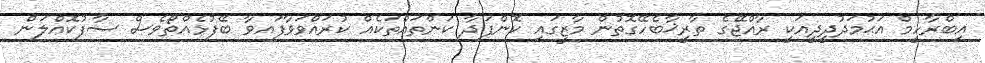
އިބްރާހީމް އަޙުމަދުދީދީއަކީ ރާއްޖޭގެ ތާރީޚާބެހޭގޮތުން މާޒީގައި ކޮންފަދާ ކަންތައްތަކެއް ކުރައްވަވާފައވާ ބޭފުޅެއްތޯވެސް ސާފުކޮއްލަން